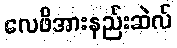
လေဖိအားနည်းဆဲလ်